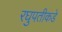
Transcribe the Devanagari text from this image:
रघुपतीकडे